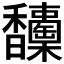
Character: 𩡦